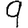
Digit: 9